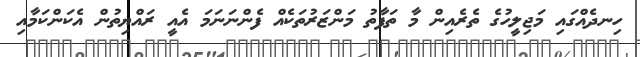
ހިނދެއްގައި މަޖިލީހުގެ ތެރެއިން މާ ތަފާތު މަންޒަރުތަކެއް ފެންނަނަމަ އެއީ ރައްޔިތުން އެކަންކަމާއި